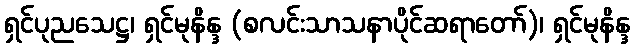
ရှင်ပုညသေဋ္ဌ၊ ရှင်မုနိန္ဒ (စလင်းသာသနာပိုင်ဆရာတော်)၊ ရှင်မုနိန္ဒ